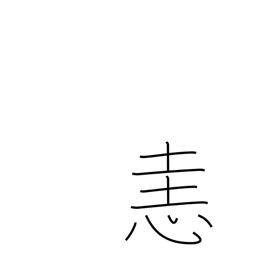
Meaning: anger